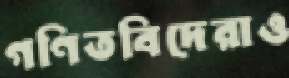
গণিতবিদেরাও